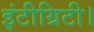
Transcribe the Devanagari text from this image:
इंटीग्रिटी।